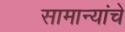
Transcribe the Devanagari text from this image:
सामान्यांचे